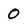
Character: 0